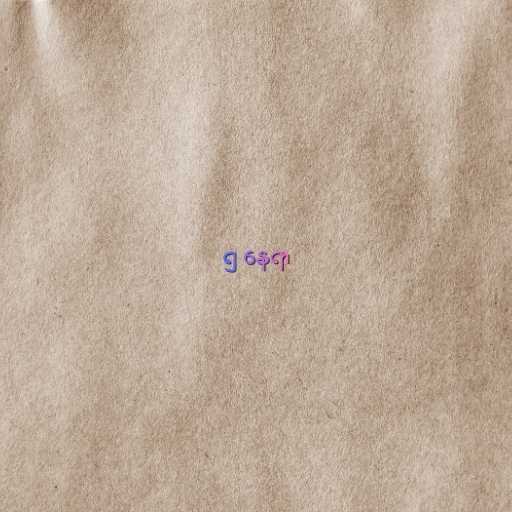
၅ နေရာ